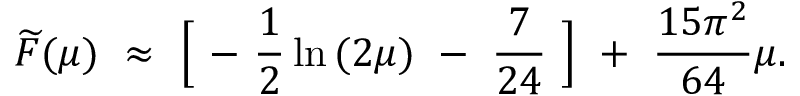
{ \widetilde F } ( \mu ) ~ \approx ~ \Bigl [ ~ - ~ \frac { 1 } { 2 } \ln { ( 2 \mu ) } ~ - ~ \frac { 7 } { 2 4 } ~ \Bigr ] ~ + ~ \frac { 1 5 \pi ^ { 2 } } { 6 4 } \mu .